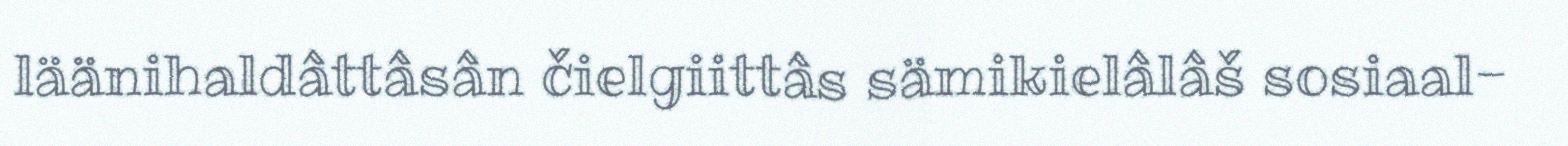
läänihaldâttâsân čielgiittâs sämikielâlâš sosiaal-